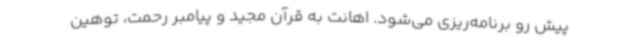
پیش رو برنامه‌ریزی می‌شود. اهانت به قرآن مجید و پیامبر رحمت، توهین